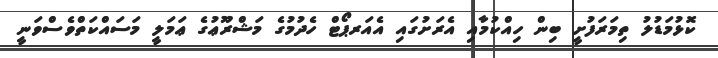
ކޮޅުމަޑުލު ތިމަރަފުށީ ބިން ހިއްކުމާއި އެރަށުގައި އެއަރޕޯޓް ހެދުމުގެ މަޝްރޫޢުގެ ޢަމަލީ މަސައްކަތްވެސްވަނީ